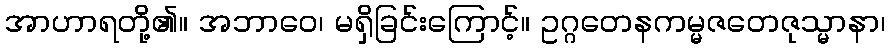
အာဟာရတို့၏။ အဘာဝေ၊ မရှိခြင်းကြောင့်။ ဥဂ္ဂတေနကမ္မဇတေဇုသ္မာနာ၊